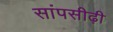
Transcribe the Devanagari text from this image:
सांपसीढ़ी